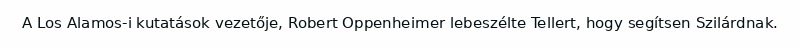
A Los Alamos-i kutatások vezetője, Robert Oppenheimer lebeszélte Tellert, hogy segítsen Szilárdnak.